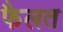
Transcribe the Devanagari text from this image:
फैलत